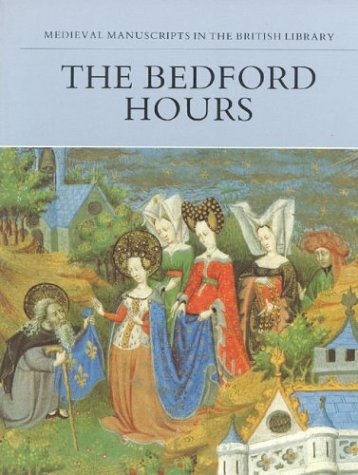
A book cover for The Bedford Hours (Medieval Manuscripts in the British Libr Series); Janet Backhouse; Arts & Photography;